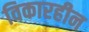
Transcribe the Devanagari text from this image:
विकारहीन